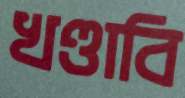
খণ্ডাবি